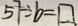
5 1 \div b = \square